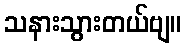
သနားသွားတယ်ဗျ။